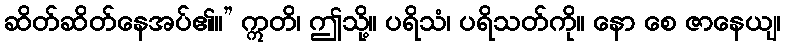
ဆိတ်ဆိတ်နေအပ်၏။” ဣတိ၊ ဤသို့။ ပရိသံ၊ ပရိသတ်ကို။ နော စေ ဇာနေယျ၊